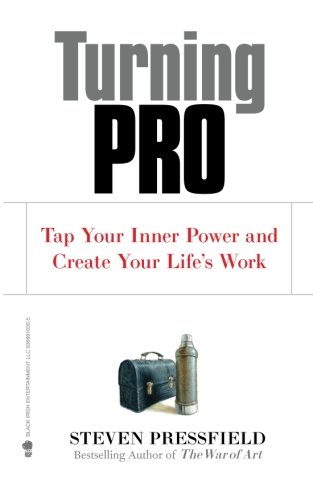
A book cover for Turning Pro: Tap Your Inner Power and Create Your Life's Work; Steven Pressfield; Self-Help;